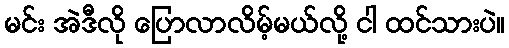
မင်း အဲဒီလို ပြောလာလိမ့်မယ်လို့ ငါ ထင်သားပဲ။